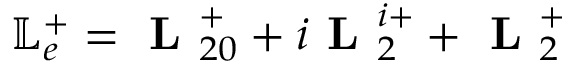
\mathbb { L } _ { e } ^ { + } = \textbf { L } _ { 2 0 } ^ { + } + i \textbf { L } _ { 2 } ^ { i + } + \textbf { L } _ { 2 } ^ { + }